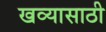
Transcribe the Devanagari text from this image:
खव्यासाठी